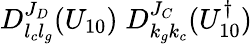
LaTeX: D_{l_{c}l_{g}}^{J_{D}}(U_{10})\; D_{k_{g}k_{c}}^{J_{C}}(U_{10}^{\dagger})